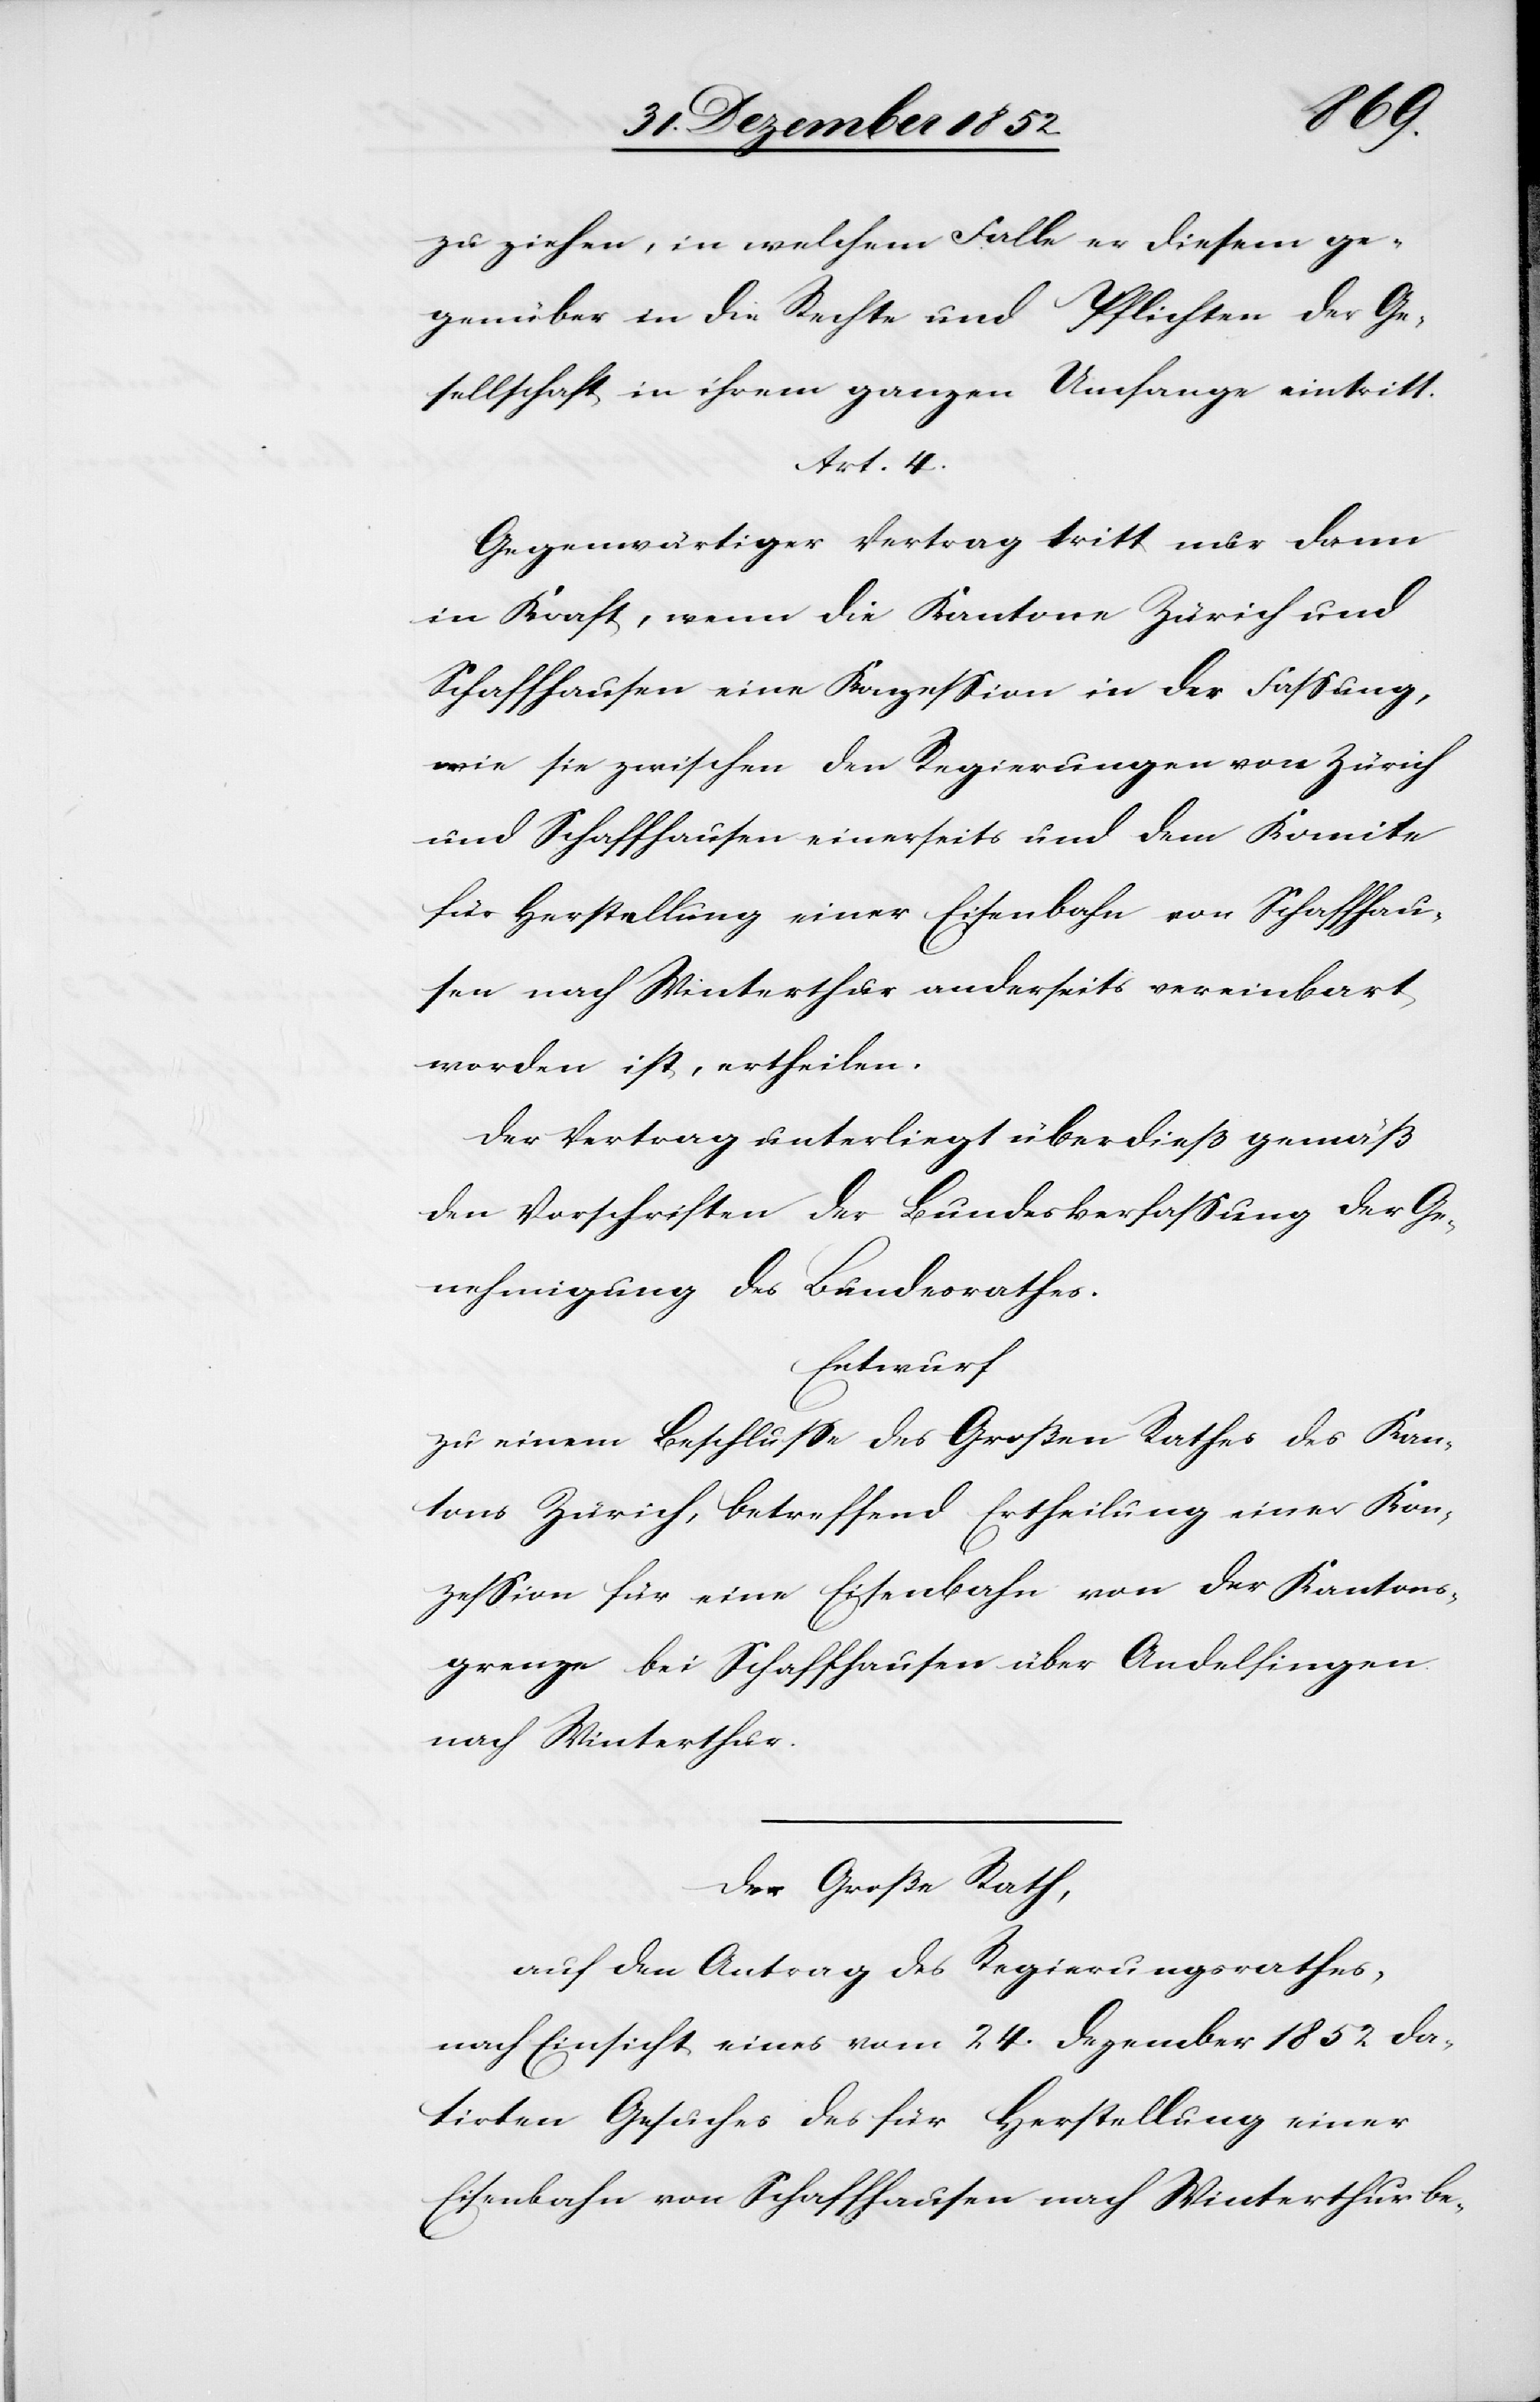
zu ziehen, in welchem Falle er diesem ge¬
genüber in die Rechte und Pflichten der Ge¬
sellschaft in ihrem ganzen Umfange eintritt.
_____
Gegenwärtiger Vertrag tritt nur dann
in Kraft, wenn die Kantone Zürich und
Schaffhausen eine Konzession in der Fassung,
wie sie zwischen den Regierungen von Zürich
und Schaffhausen einerseits und dem Komite
für Herstellung einer Eisenbahn von Schaffhau¬
sen nach Winterthur anderseits vereinbart
worden ist, ertheilen.
Der Vertrag unterliegt überdieß gemäß
den Vorschriften der Bundesverfassung der Ge¬
nehmigung des Bundesrathes.
Entwurf
zu einem Beschlusse des Großen Rathes des Kan¬
tons Zürich, betreffend Ertheilung einer Kon¬
zession für eine Eisenbahn von der Kantons¬
grenze bei Schaffhausen über Andelfingen
nach Winterthur.
Der Große Rath,
auf den Antrag des Regierungsrathes,
nach Einsicht eines vom 24. Dezember 1852 da¬
tirten Gesuches des für Herstellung einer
Eisenbahn von Schaffhausen nach Winterthur be-